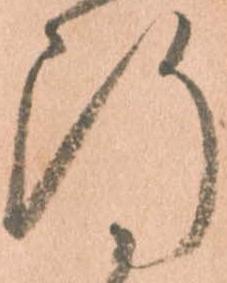
断